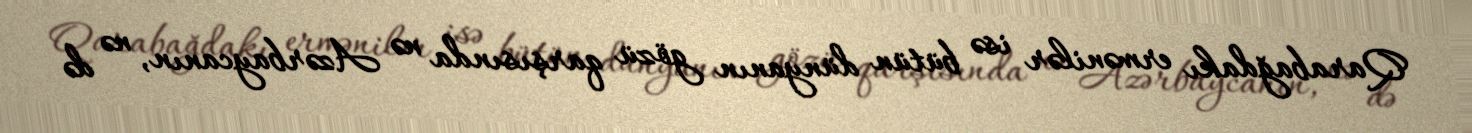
Qarabağdakı ermənilər isə bütün dünyanın gözü qarşısında nə Azərbaycanın, nə də